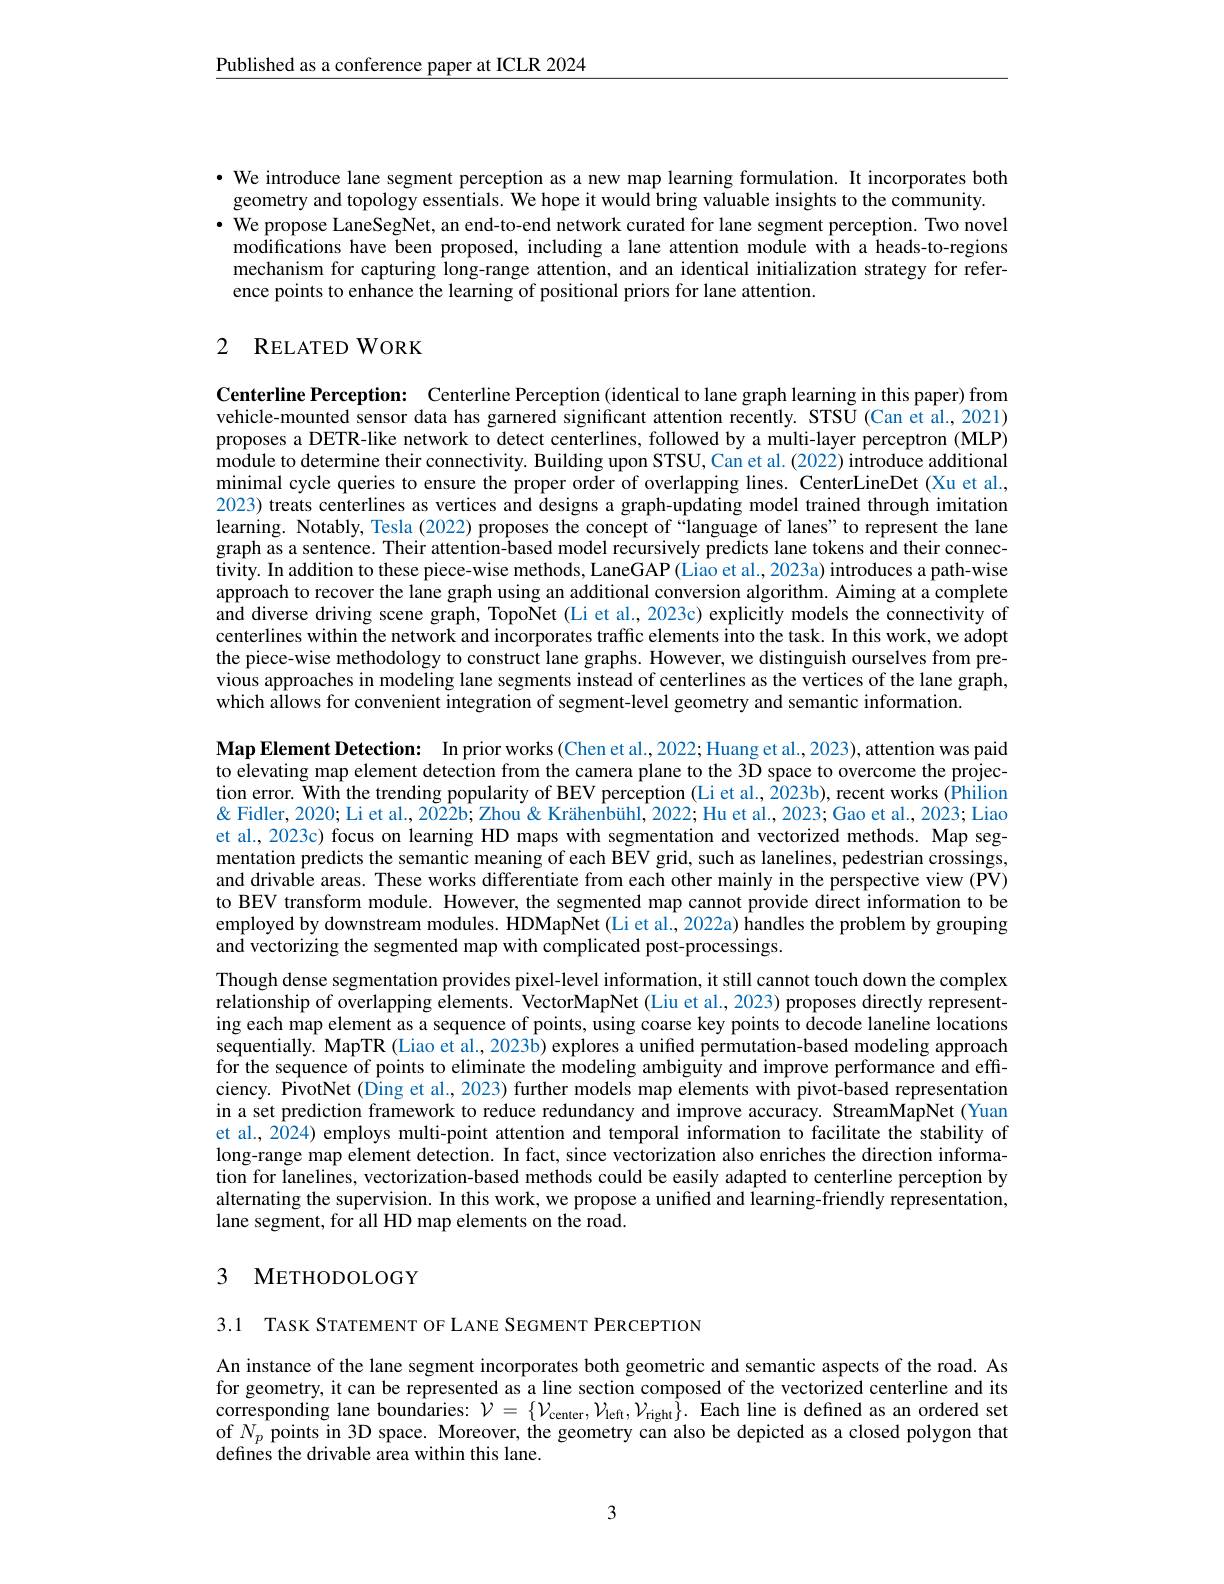
$\underline{\text{Published as a conference paper at ICLR 2024}}$

· We introduce lane segment perception as a new map learning formulation. It incorporates both
geometry and topology essentials. We hope it would bring valuable insights to the community.
$\cdot$ We propose LaneSegNet, an end-to-end network curated for lane segment perception. Two novel
modifications have been proposed, including a lane attention module with a heads-to-regions mechanism for capturing long-range attention, and an identical initialization strategy for reference points to enhance the learning of positional priors for lane attention.

# 2 RELATED WORK

Centerline Perception: Centerline Perception (identical to lane graph learning in this paper) from vehicle-mounted sensor data has garnered significant attention recently. STSU (Can et al., 2021) proposes a DETR-like network to detect centerlines, followed by a multi-layer perceptron (MLP) module to determine their connectivity. Building upon STSU, Can et al. (2022) introduce additional minimal cycle queries to ensure the proper order of overlapping lines. CenterLineDet (Xu et al., 2023) treats centerlines as vertices and designs a graph-updating model trained through imitation learning. Notably, Tesla (2022) proposes the concept of“language of lanes”to represent the lane graph as a sentence. Their attention-based model recursively predicts lane tokens and their connectivity. In addition to these piece-wise methods, LaneGAP(Liao et al., 2023a) introduces a path-wise approach to recover the lane graph using an additional conversion algorithm. Aiming at a complete and diverse driving scene graph, TopoNet (Li et al., 2023c) explicitly models the connectivity of centerlines within the network and incorporates traffic elements into the task. In this work, we adopt the piece-wise methodology to construct lane graphs. However, we distinguish ourselves from previous approaches in modeling lane segments instead of centerlines as the vertices of the lane graph, which allows for convenient integration of segment-level geometry and semantic information.

Map Element Detection: In prior works (Chen et al.,2022; Huang et al., 2023), attention was paid to elevating map element detection from the camera plane to the 3D space to overcome the projection error. With the trending popularity of BEV perception (Li et al., 2023b), recent works (Philion & Fidler, 2020; Li et al., 2022b; Zhou & Krähenbühl, 2022; Hu et al., 2023; Gao et al., 2023; Liao et al., 2023c) focus on learning HD maps with segmentation and vectorized methods. Map segmentation predicts the semantic meaning of each BEV grid, such as lanelines, pedestrian crossings, and drivable areas. These works differentiate from each other mainly in the perspective view (PV) to BEV transform module. However, the segmented map cannot provide direct information to be employed by downstream modules. HDMapNet (Li et al., 2022a) handles the problem by grouping and vectorizing the segmented map with complicated post-processings.
Though dense segmentation provides pixel-level information, it still cannot touch down the complex relationship of overlapping elements. VectorMapNet (Liu et al., 2023) proposes directly representing each map element as a sequence of points, using coarse key points to decode laneline locations sequentially. MapTR (Liao et al., 2023b) explores a unified permutation-based modeling approach for the sequence of points to eliminate the modeling ambiguîty and improve performance and effciency. PivotNet (Ding et al., 2023) further models map elements with pivot-based representation in a set prediction framework to reduce redundancy and improve accuracy. StreamMapNet (Yuan et al., 2024) employs multi-point attention and temporal information to facilitate the stability of long-range map element detection. In fact, since vectorization also enriches the direction information for lanelines, vectorization-based methods could be easily adapted to centerline perception by alternating the supervision. In this work, we propose a unified and learning-friendly representation, lane segment, for all HD map elements on the road.

## 3 METHODOLOGY

3.1 TASK STATEMENT OF LANE SEGMENT PERCEPTION

An instance of the lane segment incorporates both geometric and semantic aspects of the road. As for geometry, it can be represented as a line section composed of the vectorized centerline and its corresponding lane boundaries: $\mathcal{V} = \{ \mathcal{V} _{\mathrm{center}}, \mathcal{V} _{\mathrm{left}}, \mathcal{V} _{\mathrm{right}}\} .$ Each line is defined as an ordered set of $N_p$ points in 3D space. Moreover, the geometry can also be depicted as a closed polygon that defines the drivable area within this lane.

3